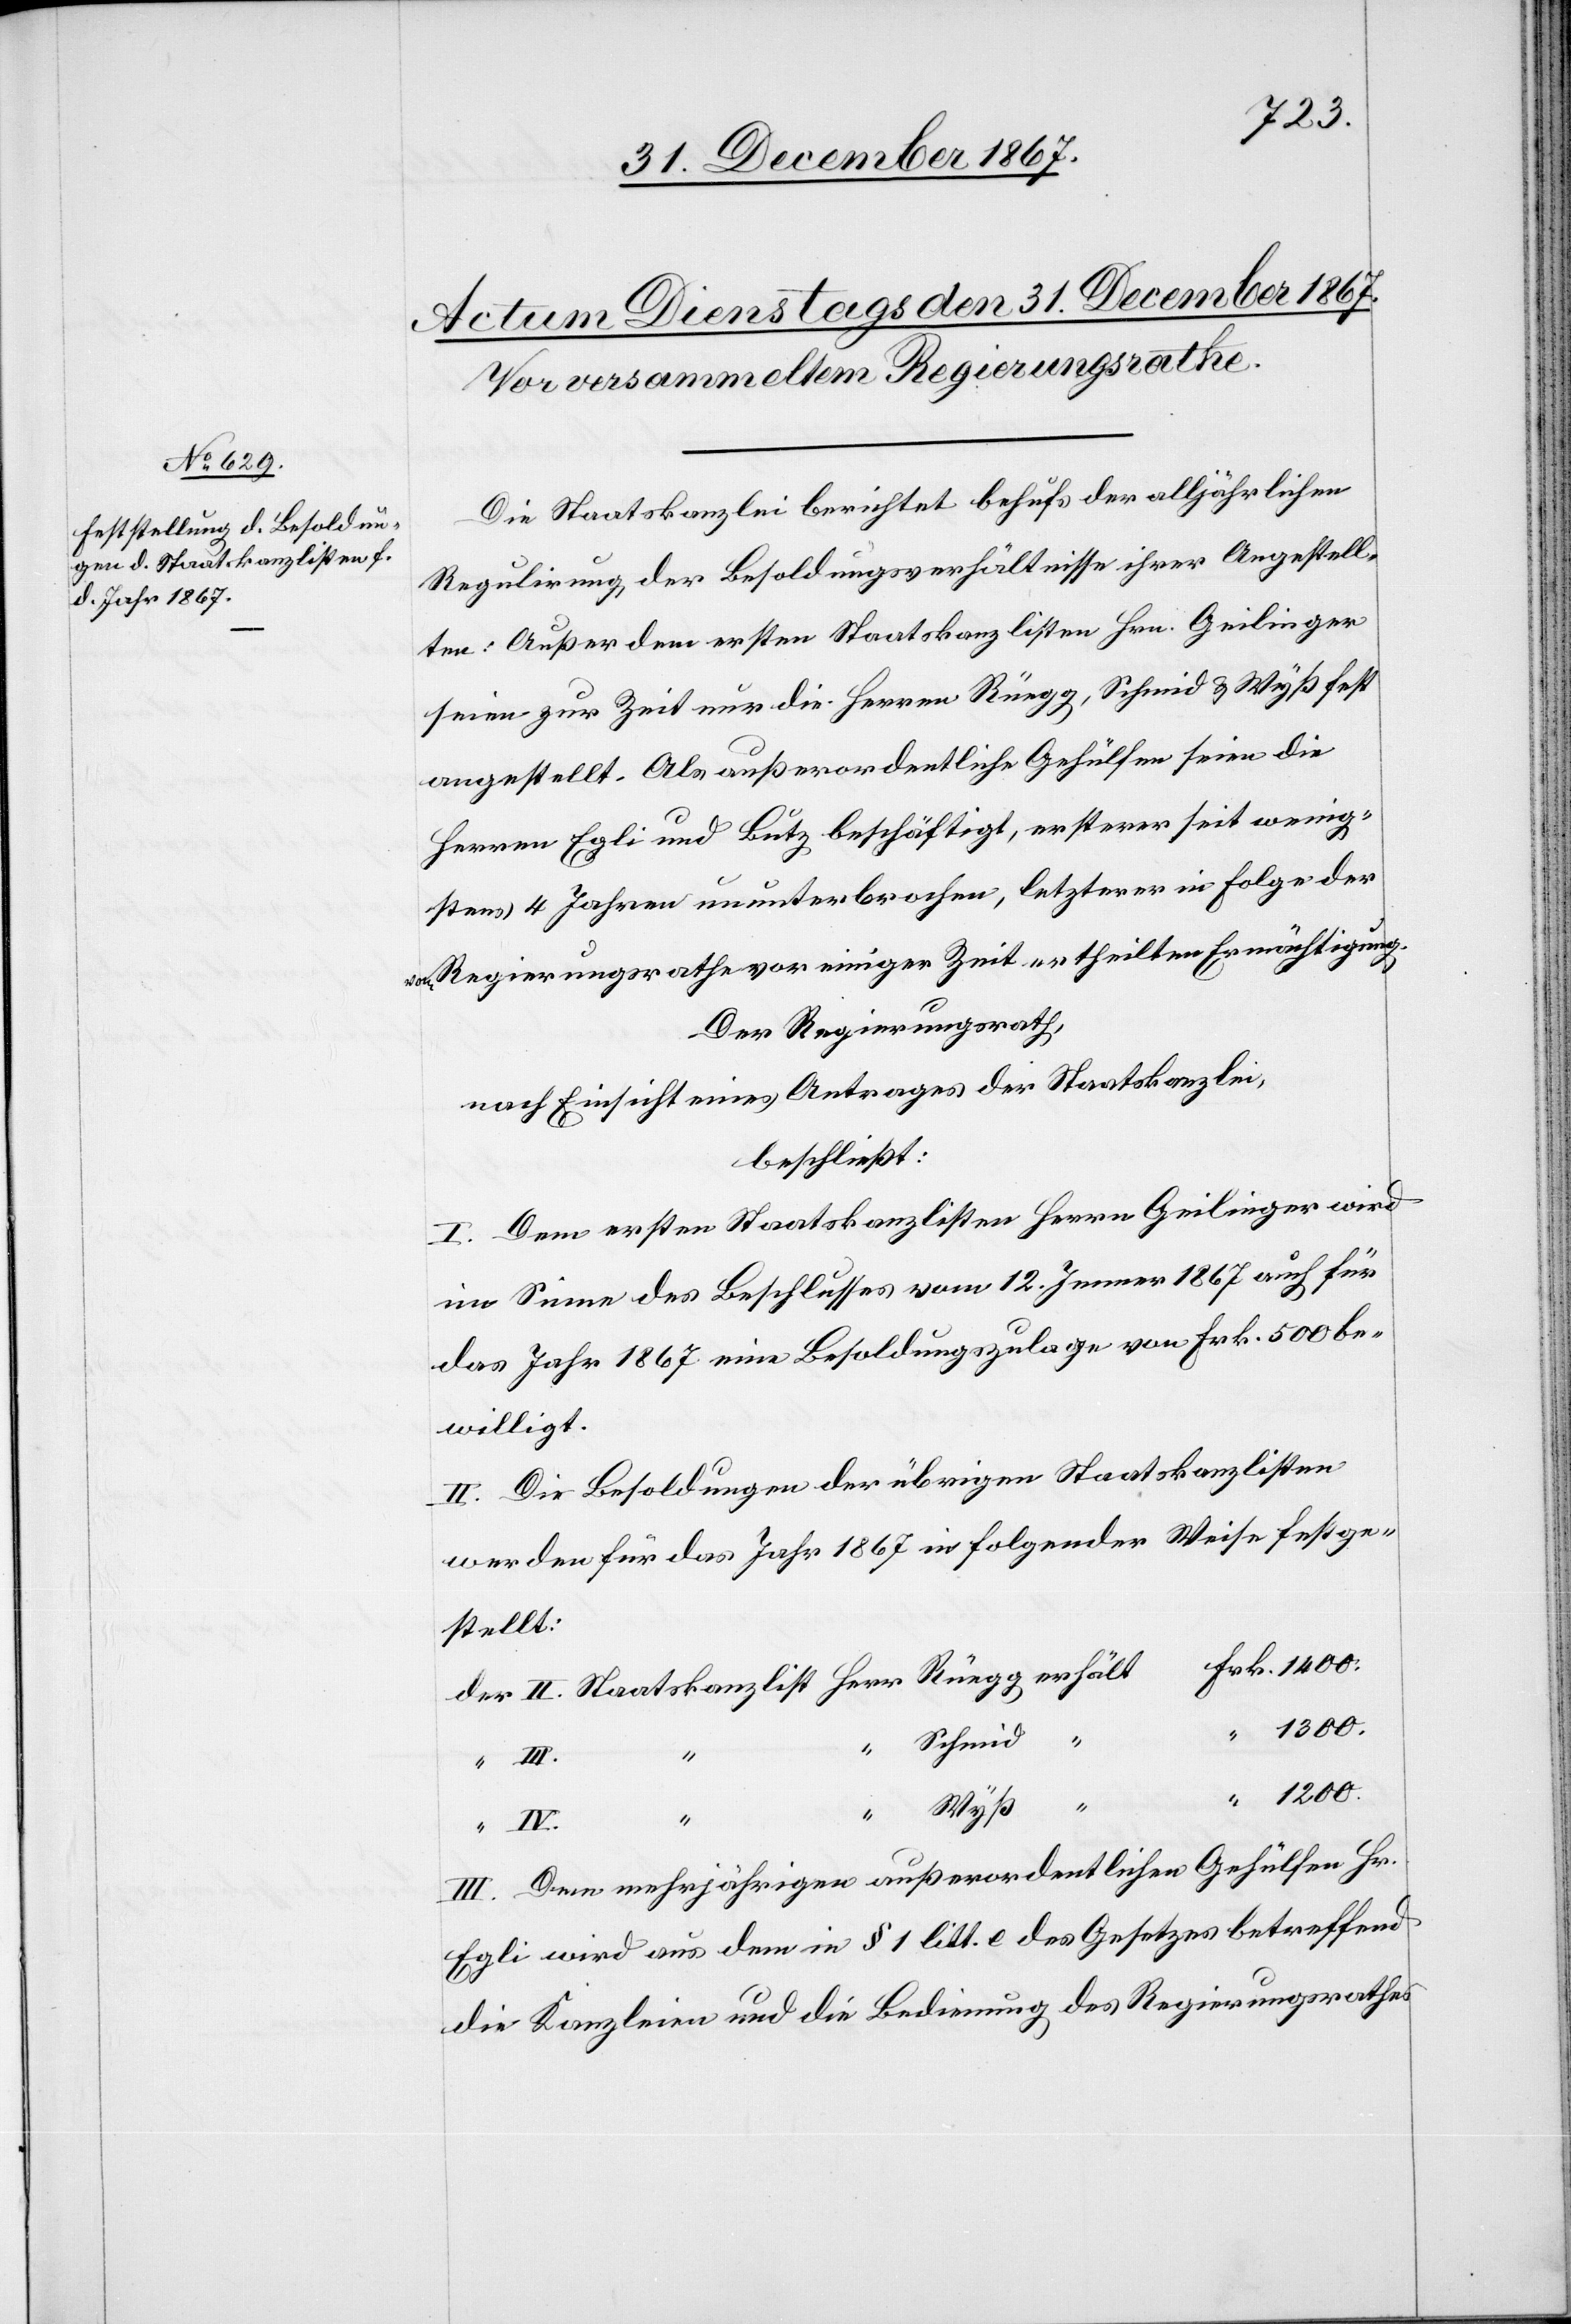
1200.
Die Staatskanzlei berichtet behufs der alljährlichen
Regulirung der Besoldungsverhältnisse ihrer Angestell¬
ten; Außer dem ersten Staatskanzlisten Hrn. Geilinger
seien zur Zeit nur die Herren Rüegg, Schmid u. Wyß fest
angestellt. Als außerordentliche Gehülfen seien die
Herren Egli und Lutz beschäftigt, ersterer seit wenig¬
stens 4 Jahren ununterbrochen, letzterer in Folge der
Regierungsrathe vor einiger Zeit ertheilten Ermächtigung.
Der Regierungsrath,
nach Einsicht eines Antrages der Staatskanzlei,
beschließt:
I. Dem ersten Staatskanzlisten Herrn Geilinger wird
im Sinne des Beschlusses vom 12. Jenner 1867 auch für
das Jahr 1867 eine Besoldungszulage von Frk. 500 be¬
willigt.
II. Die Besoldungen der übrigen Staatskanzlisten
werden für das Jahr 1867 in folgender Weise festge¬
stellt:
III Dem mehrjährigen außerordentlichen Gehülfen Hr.
Egli wird aus dem in § 1 litt. e des Gesetzes betreffend
die Kanzleien und die Bedienung des Regierungsrathes